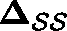
\mathbf { \Delta _ { \mathcal { S } \mathcal { S } } }